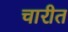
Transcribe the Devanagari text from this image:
चारीत